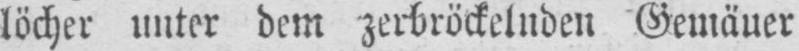
löcher unter dem zerbröckelnden Gemäuer